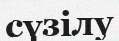
сүзілу